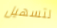
لتسهيل